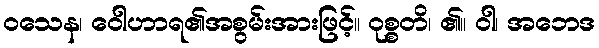
ဝသေန၊ ဝေါဟာရ၏အစွမ်းအားဖြင့်။ ဝုစ္စတိ၊ ၏။ ဝါ၊ အဘေဒ